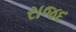
રાજદ